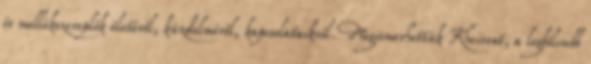
és mellékszereplők életéről, küzdelméről, kapcsolataikról. Megismerhettük Kheiront, a legbölcsebb